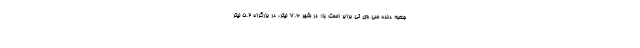
جعبه دنده سی وی تی برابر است با: در شهر 7.6 لیتر، در بزرگراه 5.2 لیتر